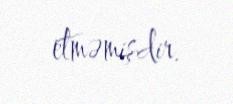
etməmişdir.